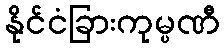
နိုင်ငံခြားကုမ္ပဏီ